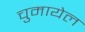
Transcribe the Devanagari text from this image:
चुमायेल